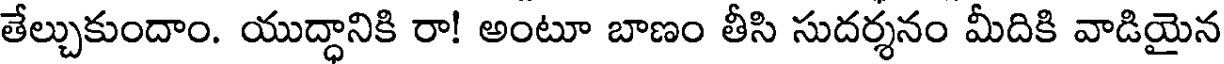
తేల్చుకుందాం. యుద్ధానికి రా! అంటూ బాణం తీసి సుదర్శనం మీదికి వాడియైన